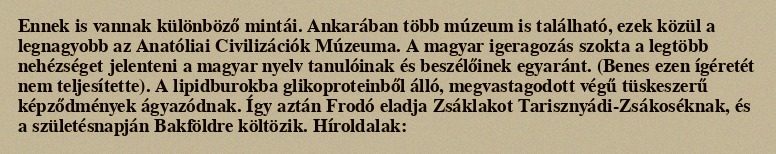
Ennek is vannak különböző mintái. Ankarában több múzeum is található, ezek közül a legnagyobb az Anatóliai Civilizációk Múzeuma. A magyar igeragozás szokta a legtöbb nehézséget jelenteni a magyar nyelv tanulóinak és beszélőinek egyaránt. (Benes ezen ígéretét nem teljesítette). A lipidburokba glikoproteinből álló, megvastagodott végű tüskeszerű képződmények ágyazódnak. Így aztán Frodó eladja Zsáklakot Tarisznyádi-Zsákoséknak, és a születésnapján Bakföldre költözik. Híroldalak: